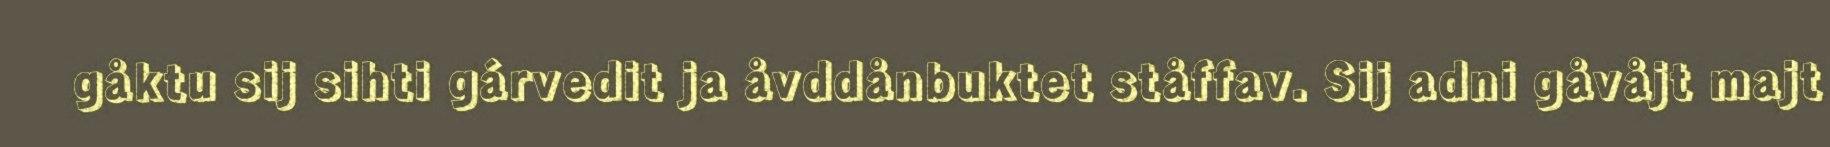
gåktu sij sihti gárvedit ja åvddånbuktet ståffav. Sij adni gåvåjt majt